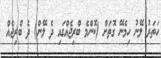
ހަތަރު ލޭނު ހިމެނޭ ގޮތަށް (ކޮންމެ ބްރިޖެއްގައި ދެ ލޭން) ދެ ބްރިޖެއް